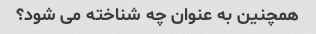
همچنین به عنوان چه شناخته می شود؟